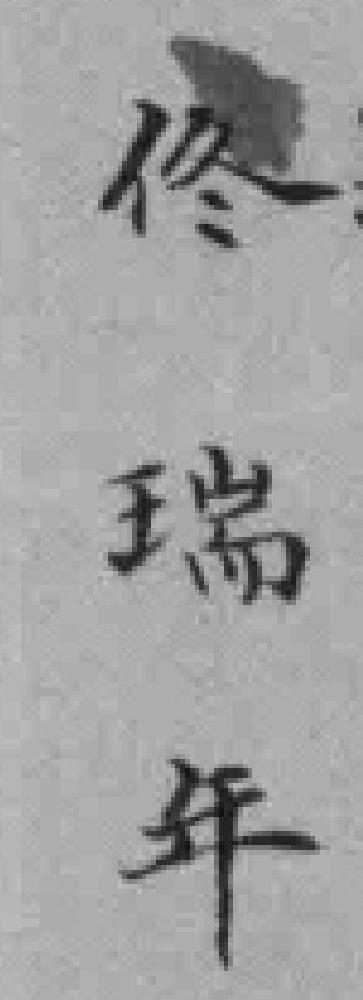
佟瑞年